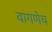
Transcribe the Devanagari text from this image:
वागणेच